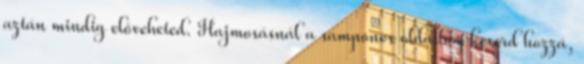
aztán mindig előveheted. Hajmosásnál a samponos oldathoz keverd hozzá,